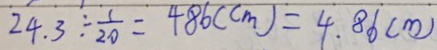
2 4 . 3 \div \frac { 1 } { 2 0 } = 4 8 6 ( c m ) = 4 . 8 6 ( m )